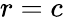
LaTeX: r=c